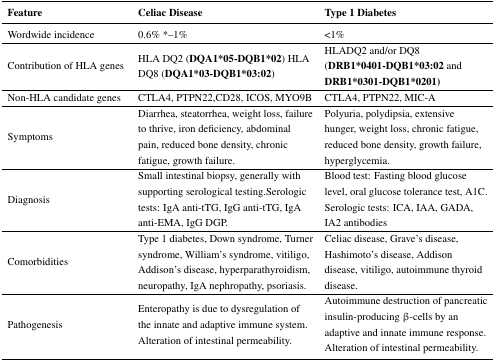
| Feature | Celiac Disease | Type 1 Diabetes |
 | --- | --- | --- |
 | Wordwide incidence | 0.6% *–1% | <1% |
 | Contribution of HLA genes | HLA DQ2 (DQA1*05-DQB1*02) HLA DQ8 (DQA1*03-DQB1*03:02) | HLADQ2 and/or DQ8 (DRB1*0401-DQB1*03:02 and DRB1*0301-DQB1*0201) |
 | Non-HLA candidate genes | CTLA4, PTPN22,CD28, ICOS, MYO9B | CTLA4, PTPN22, MIC-A |
 | Symptoms | Diarrhea, steatorrhea, weight loss, failure to thrive, iron deficiency, abdominal pain, reduced bone density, chronic fatigue, growth failure. | Polyuria, polydipsia, extensive hunger, weight loss, chronic fatigue, reduced bone density, growth failure, hyperglycemia. |
 | Diagnosis | Small intestinal biopsy, generally with supporting serological testing.Serologic tests: IgA anti-tTG, IgG anti-tTG, IgA anti-EMA, IgG DGP. | Blood test: Fasting blood glucose level, oral glucose tolerance test, A1C. Serologic tests: ICA, IAA, GADA, IA2 antibodies |
 | Comorbidities | Type 1 diabetes, Down syndrome, Turner syndrome, William’s syndrome, vitiligo, Addison’s disease, hyperparathyroidism, neuropathy, IgA nephropathy, psoriasis. | Celiac disease, Grave’s disease, Hashimoto’s disease, Addison disease, vitiligo, autoimmune thyroid disease. |
 | Pathogenesis | Enteropathy is due to dysregulation of the innate and adaptive immune system. Alteration of intestinal permeability. | Autoimmune destruction of pancreatic insulin-producing β-cells by an adaptive and innate immune response. Alteration of intestinal permeability. |